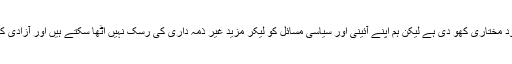
اُنہوں نے کہا”ماضی میںہم نے خود غیر ذمہ داری کا مظاہرہ کرکے اپنی سیاسی خود مختاری کھو دی ہے لیکن ہم اپنے آئینی اور سیاسی مسائل کو لیکر مزید غیر ذمہ داری کی رِسک نہیں اُٹھا سکتے ہیں اور آزادی کے لئے کوشاں ہونے کے ساتھ ساتھ ہمیں ان سبھی معاملات کا خیال رکھنا چاہیئے“۔